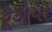
ફૂકાયો